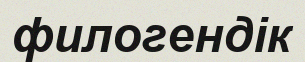
филогендік